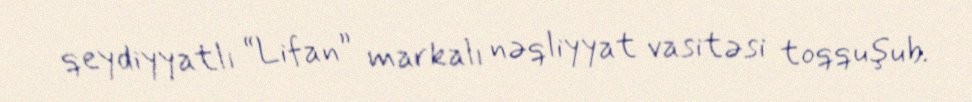
qeydiyyatlı “Lifan” markalı nəqliyyat vasitəsi toqquşub.